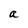
Character: a